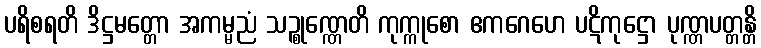
ပရိစရတိ ဒိဋ္ဌမတ္တော အကမ္မညံ သဉ္စုဏ္ဏေတိ ကုက္ကုစော ဧကဂေဟေ ပဋိကုဋ္ဌော ပုဏ္ဏပတ္တန္တိ